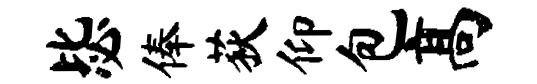
毖俸荻仰包高